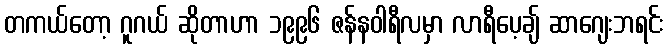
တကယ်တော့ ဂူဂယ် ဆိုတာဟာ ၁၉၉၆ ဇန်နဝါရီလမှာ လာရီပေ့ချ် ဆာဂျေးဘရင်း